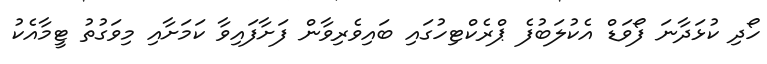
ހޯދި ކުޅަދާނަ ފޯވަޑް އެކުލަބުފެ ޕްރެކްޓިހުގައި ބައިވެރިވާން ފަށާފައިވާ ކަމަށާއި މިވަގުތު ޓީމާއެކު